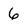
Character: 6